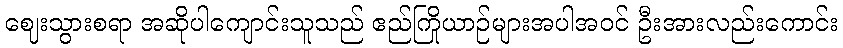
ဈေးသွားစရာ အဆိုပါကျောင်းသူသည် ဧည်ကြိုယာဉ်များအပါအဝင် ဦးအားလည်းကောင်း